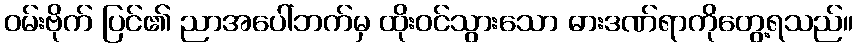
ဝမ်းဗိုက် ပြင်၏ ညာအပေါ်ဘက်မှ ထိုးဝင်သွားသော ဓားဒဏ်ရာကိုတွေ့ရသည်။